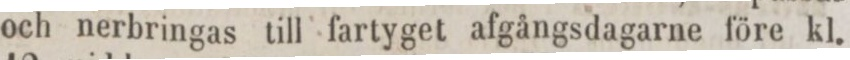
och nerbringas till fartyget afgångsdagarne före kl.